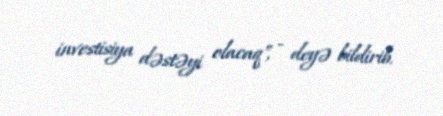
investisiya dəstəyi olacaq", - deyə bildirib.